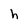
Character: h